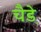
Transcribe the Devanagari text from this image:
चैडे़